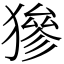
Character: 㺑